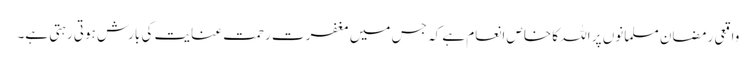
واقعی رمضان مسلمانوں پر اللہ کا خاص انعام ہے کہ جس میں مغفرت رحمت عنایت کی بارش ہوتی رہتی ہے۔